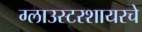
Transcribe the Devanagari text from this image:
ग्लाउस्टरशायरचे